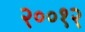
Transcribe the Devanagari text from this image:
२००१२